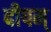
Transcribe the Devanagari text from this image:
दीपम्